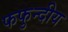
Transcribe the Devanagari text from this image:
फफुन्दीय